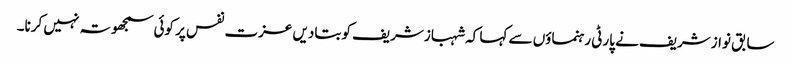
سابق نوازشریف نے پارٹی رہنماؤں سے کہا کہ شہبازشریف کو بتادیں عزت نفس پر کوئی سمجھوتہ نہیں کرنا۔